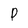
Character: p